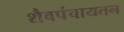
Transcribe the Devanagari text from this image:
शैवपंचायतन